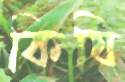
কিষি